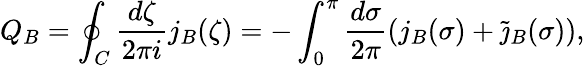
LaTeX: Q_{B}=\oint_{C}\frac{d\zeta}{2\pi i}j_{B}(\zeta)=-\int_{0}^{\pi}\frac{d\sigma}{2\pi}(j_{B}(\sigma)+\widetilde{\jmath}_{B}(\sigma)),